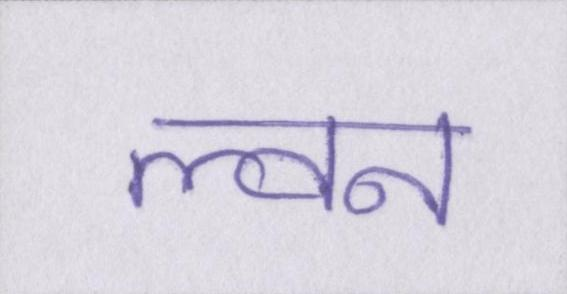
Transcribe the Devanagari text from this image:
ल्वन